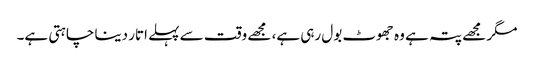
مگر مجھے پتہ ہے وہ جھوٹ بول رہی ہے، مجھے وقت سے پہلے اتار دینا چاہتی ہے۔